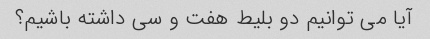
آیا می توانیم دو بلیط هفت و سی داشته باشیم؟